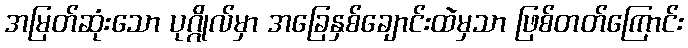
အမြတ်ဆုံးသော ပုဂ္ဂိုလ်မှာ အခြေနှစ်ချောင်းထဲမှသာ ဖြစ်တတ်ကြောင်း